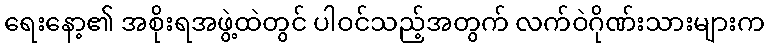
ရေးနော့၏ အစိုးရအဖွဲ့ထဲတွင် ပါဝင်သည့်အတွက် လက်ဝဲဂိုဏ်းသားများက